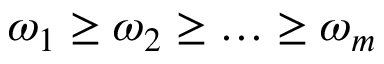
\omega _ { 1 } \ge \omega _ { 2 } \ge \dots \ge \omega _ { m }